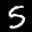
Label: 5